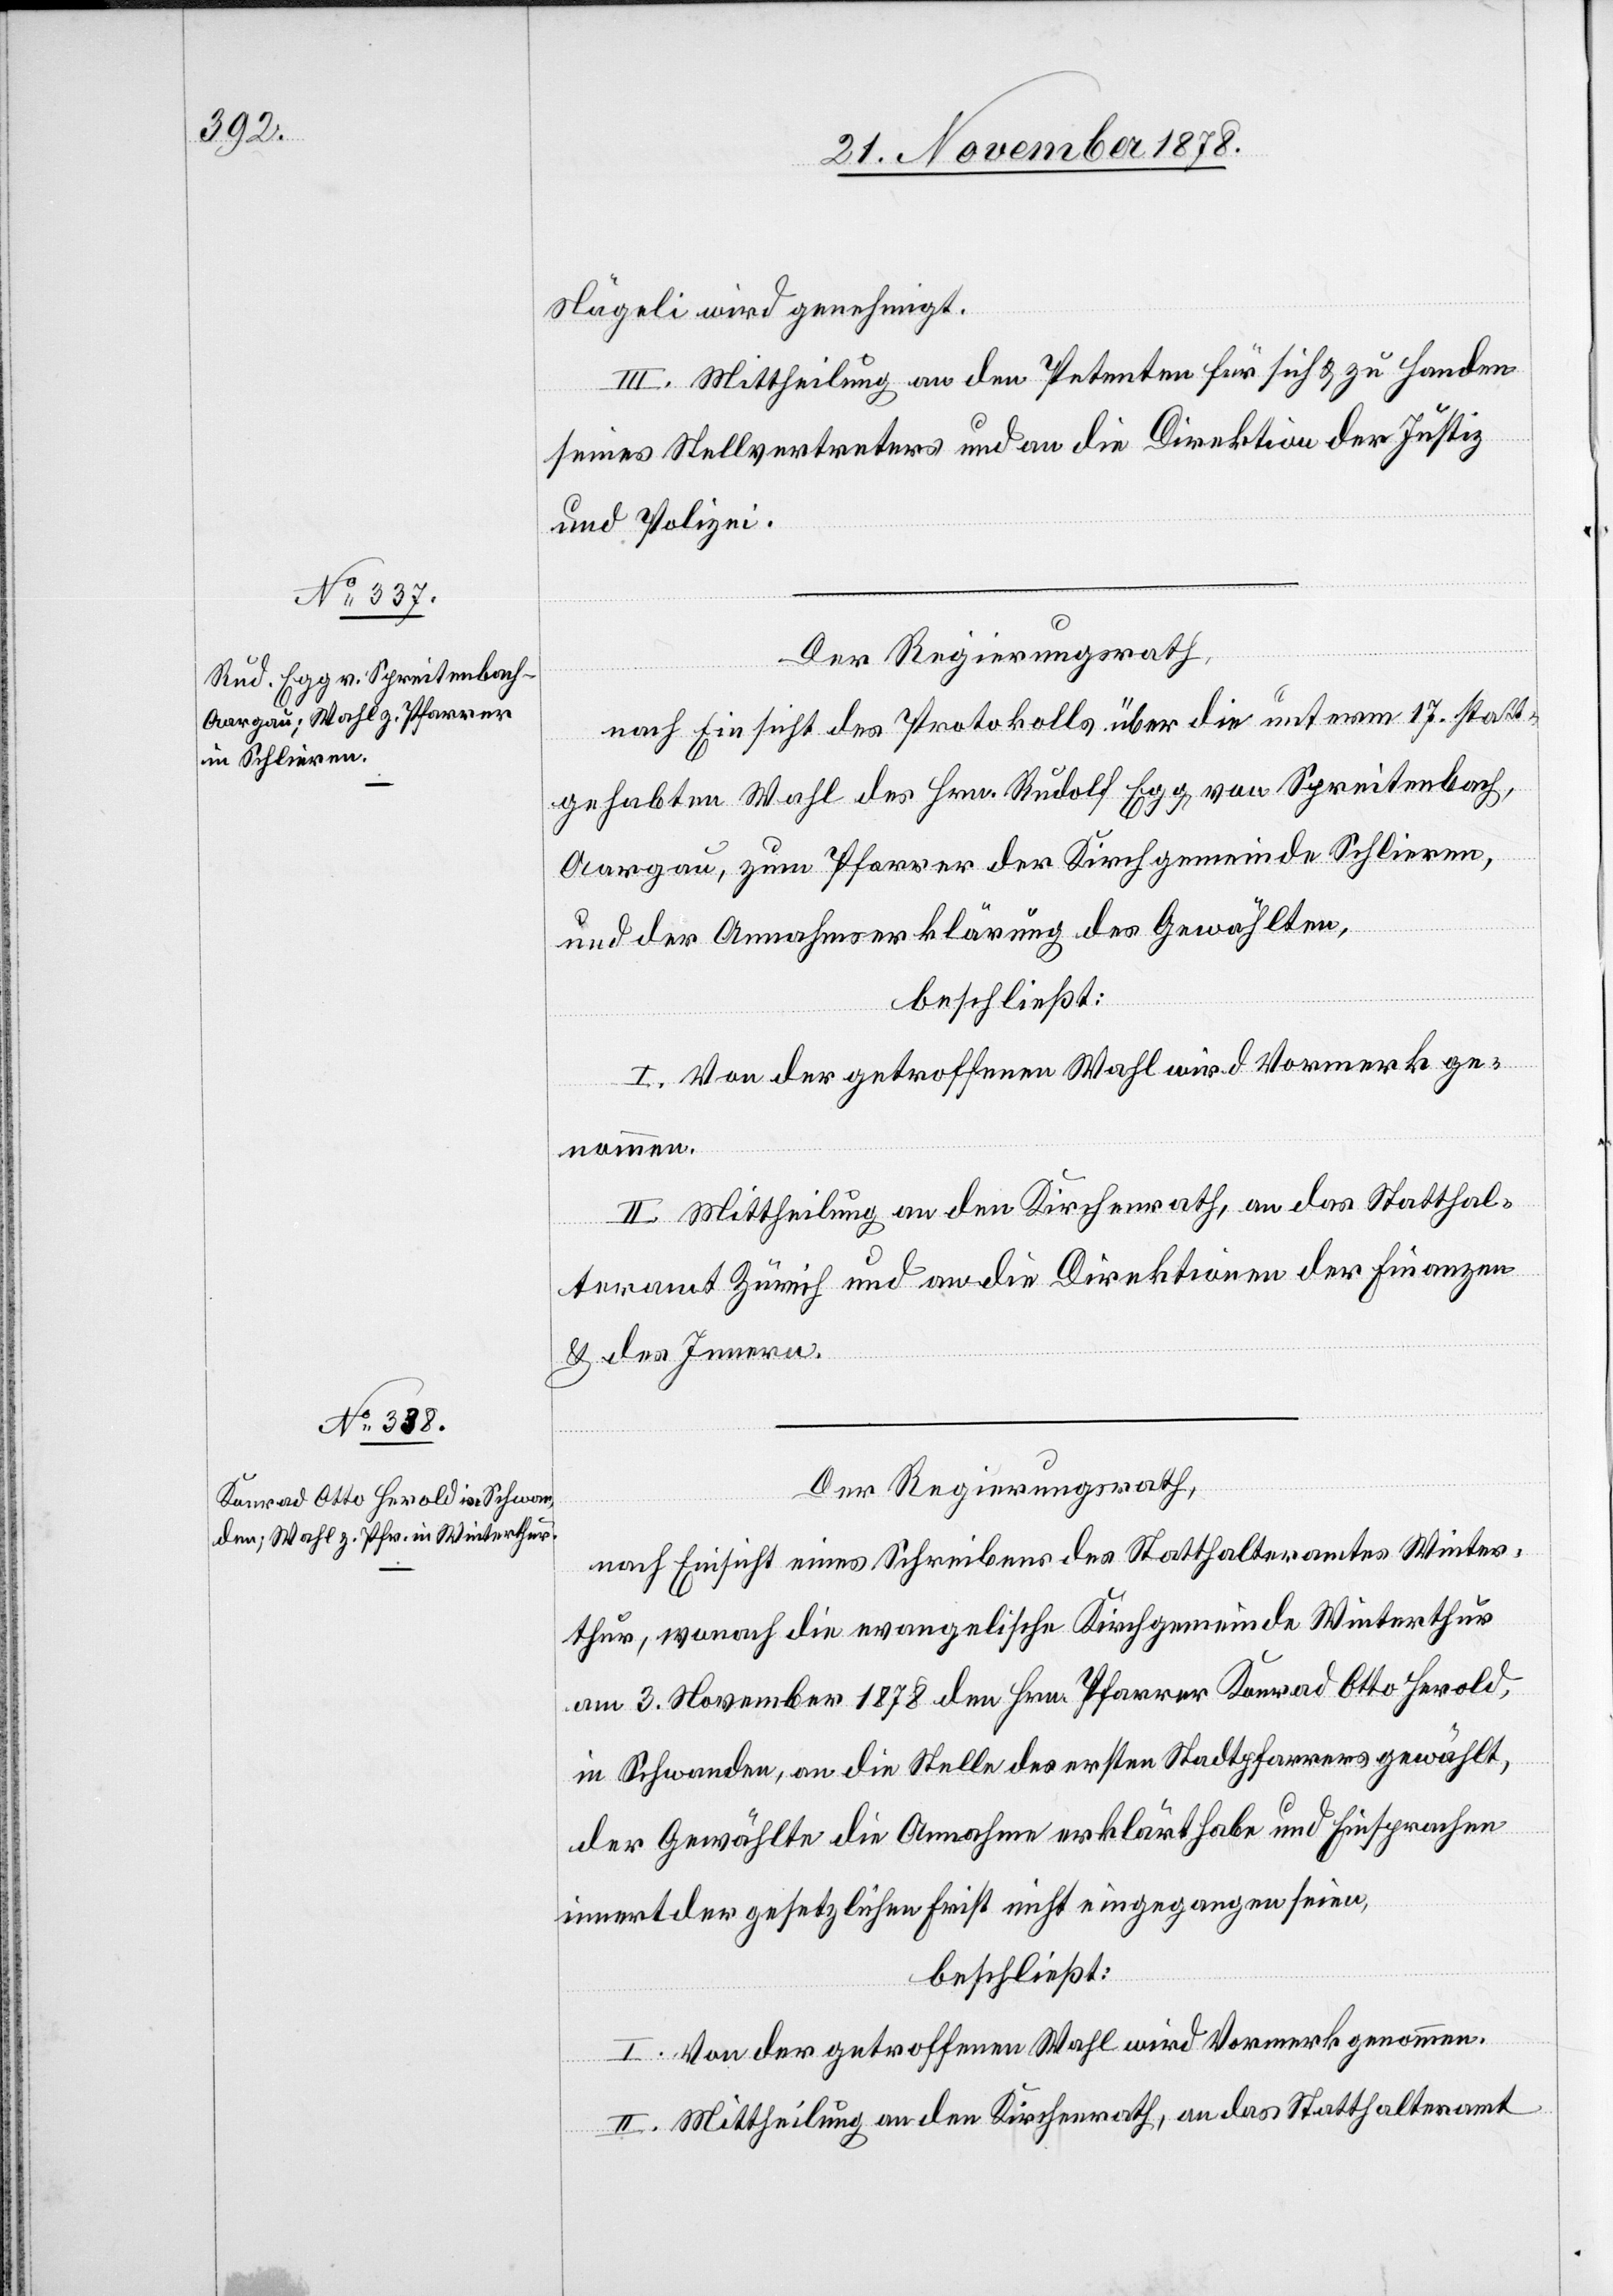
Nägeli wird genehmigt.
III. Mittheilung an den Petenten für sich & zu Handen
seines Stellvertreters und an die Direktion der Justiz
und Polizei.
Der Regierungsrath,
nach Einsicht des Protokolls über die unterm 17. statt¬
gehabte Wahl des Hrn. Egg, von Spreitenbach,
Aargau, zum Pfarrer der Kirchgemeinde Schlieren,
und der Annahmserklärung des Gewählten,
beschließt:
II. Mittheilung an den Kirchenrath, an das Statthal¬
teramt Zürich und an die Direktionen der Finanzen
& des Innern.
Der Regierungsrath,
nach Einsicht eines Schreibens des Statthalteramtes Winter¬
thur, wonach die evangelische Kirchgemeinde Winterthur
am 3. November 1878 den Hrn. Pfarrer Konrad Otto Herold,
in Schwanden, an die Stelle des ersten Stadtpfarrers gewählt,
der Gewählte die Annahme erklärt habe und Einsprachen
innert der gesetzlichen Frist nicht eingegangen seien,
beschließt:
I. Von der getroffenen Wahl wird Vormerk genommen.
II. Mittheilung an den Kirchenrath, an das Statthalteramt